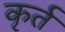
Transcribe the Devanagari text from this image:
कृर्त